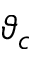
\vartheta _ { c }